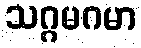
သဂ္ဂမဂမာ